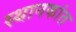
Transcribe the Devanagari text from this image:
स्थानकांत